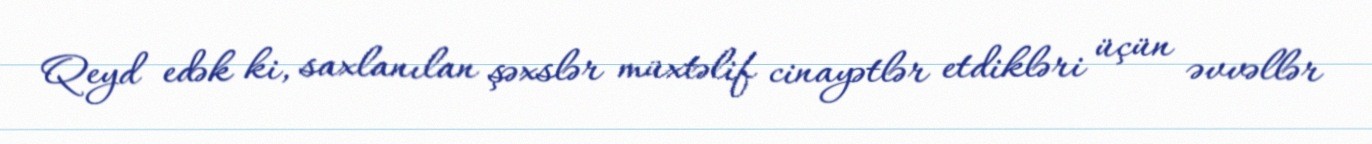
Qeyd edək ki, saxlanılan şəxslər müxtəlif cinayətlər etdikləri üçün əvvəllər